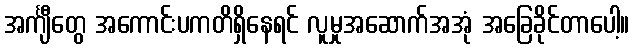
အင်္ကျီတွေ အကောင်းပကတိရှိနေရင် လူမှုအဆောက်အအုံ အခြေခိုင်တာပေါ့။